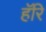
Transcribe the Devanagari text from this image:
हॅरि